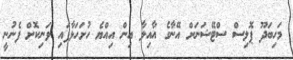
މަހިބަދޫ ޕޮލިސް ސްޓޭޝަނަށް އޭނާގެ އާއިލާ އިން އިއްޔެ ހުށަހަޅާފައި ވަނިކޮށް ފެނުނީ